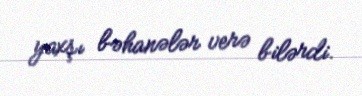
yaxşı bəhanələr verə bilərdi.